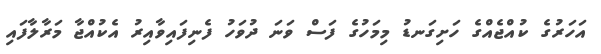
އަހަރުގެ ކުއްޖެއްގެ ހަށިގަނޑު މިމަހުގެ ފަސް ވަނަ ދުވަހު ފެނިފައިވާއިރު އެކުއްޖާ މަރާލާފައި